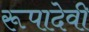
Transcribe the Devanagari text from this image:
रूपादेवी